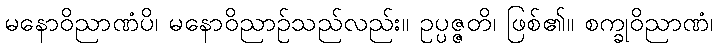
မနောဝိညာဏံပိ၊ မနောဝိညာဉ်သည်လည်း။ ဥပ္ပဇ္ဇတိ၊ ဖြစ်၏။ စက္ခုဝိညာဏံ၊